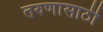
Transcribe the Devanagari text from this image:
तरुणासाठी